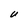
Character: U